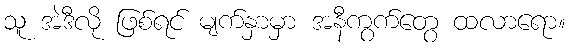
သူ အဲဒီလို ဖြစ်ရင် မျက်နှာမှာ အနီကွက်တွေ ထလာရော။